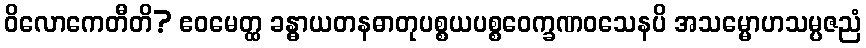
ဝိလောကေတီတိ? ဧဝမေတ္ထ ခန္ဓာယတနဓာတုပစ္စယပစ္စဝေက္ခဏဝသေနပိ အသမ္မောဟသမ္ပဇညံ